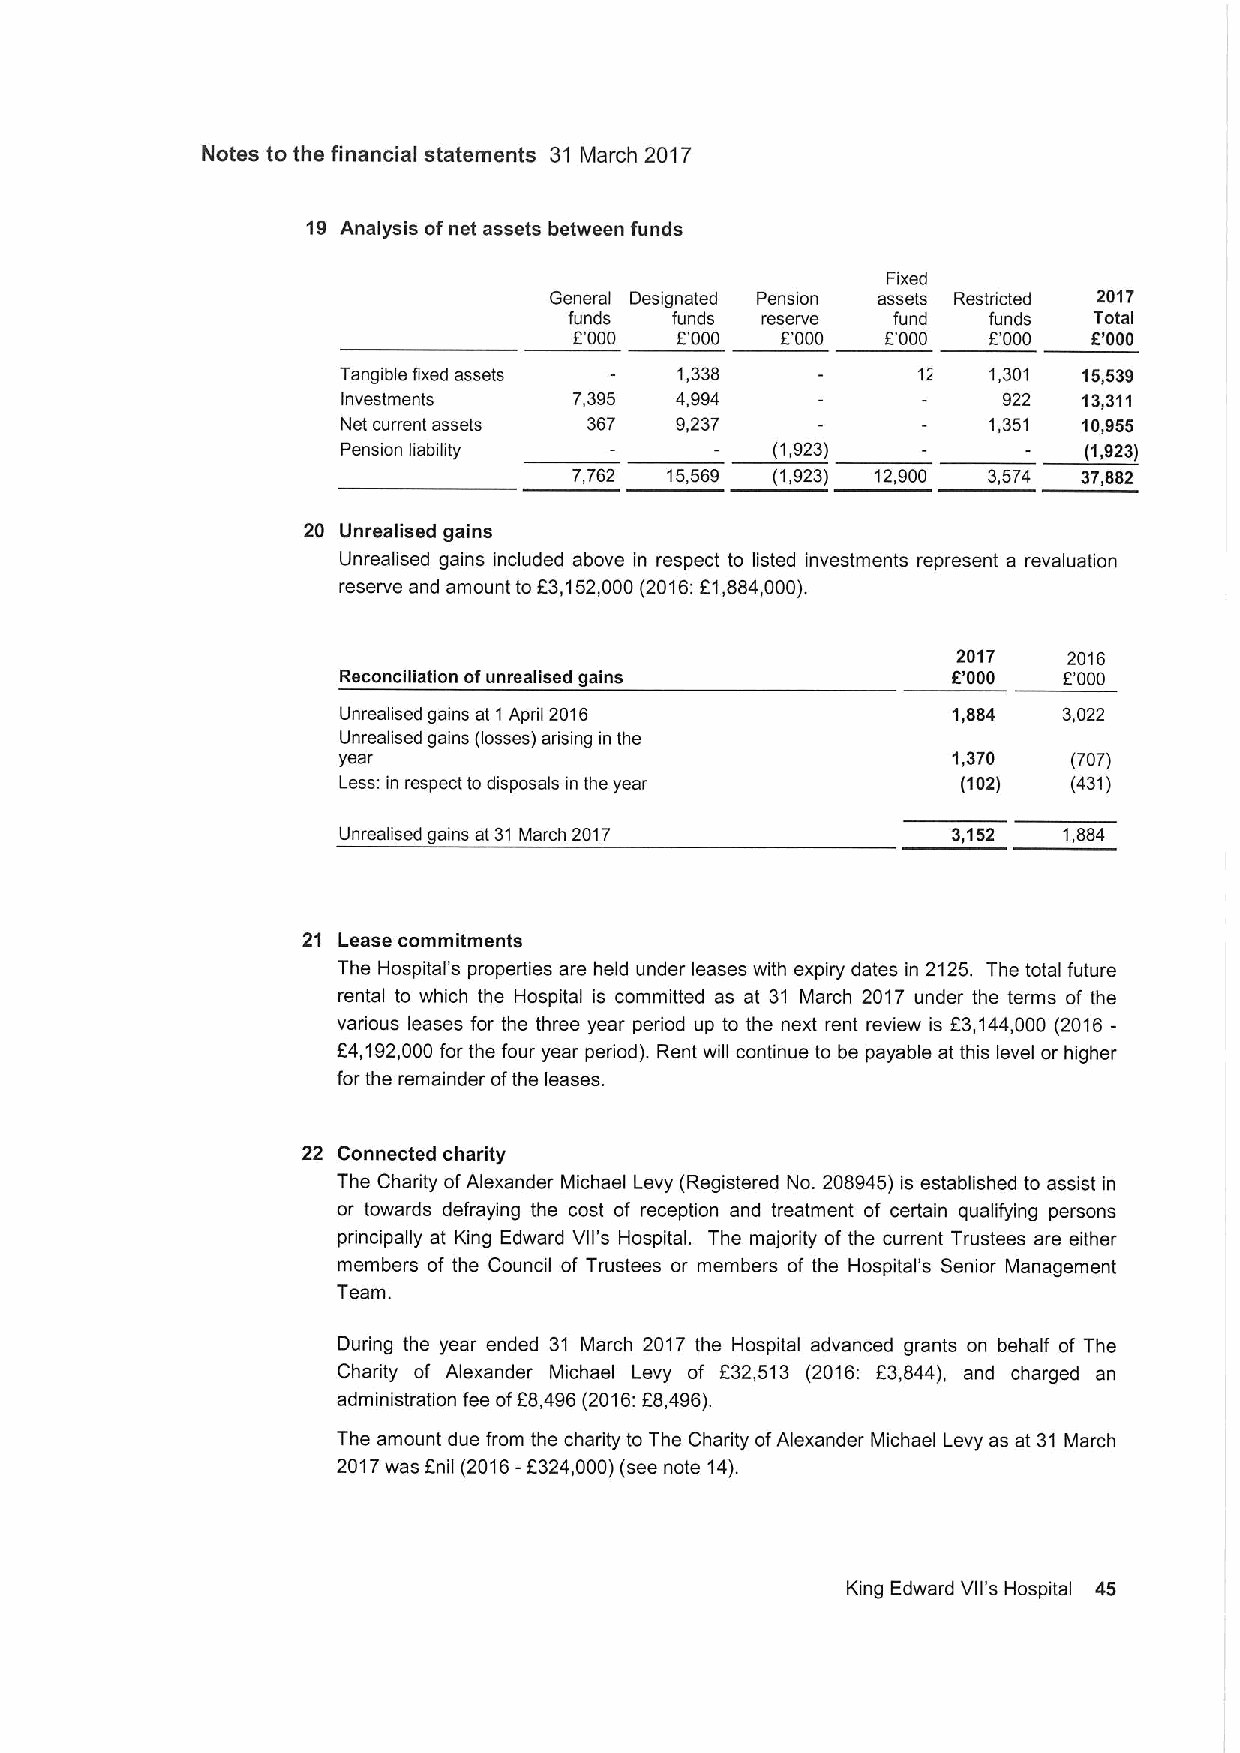
Notes to the financial statements 31 March 2017
 19 Analysis ofnet assets between funds
 Fixed
 General Designated Pension assets Restricted 2017
 funds funds reserve  fund  funds  Total
 E'000  E'000  E'000  F'000 E'000  E'000
 Tangible fixed assets  1,338           12  1,301  15,539
 Investments    7,395  4,994                922   13,311
 Net current assets 367 9,237              1,351  10,955
 Pension liability           (1,923)              (1,923)
 7,762 15,569 (1,923) 12,900 3,574 37,882
 20 Unrealised gains
 Unrealised gains included above in respect to listed investments represent a revaluation
 reserve and amount to E3,152,000(2016:E1,884,000).
 2017    2016
 Reconciliation ofunrealised gains        E'000  E'000
 Unrealised gains at 1April 2016          1,884  3,022
 Unrealised gains (losses) arising in the
 year                                     1,370   (707)
 Less: in respect to disposals in the year (102)  (431)
 Unrealised gains at 31 March 2017        3,152  1,884
 21 Lease commitments
 The Hospital's properties are held under leases with expiry dates in 2125. The total future
 rental to which the Hospital is committed as at 31 March 2017 under the terms of the
 various leases for the three year period up to the next rent review is F3,144,000 (2016-
 F4,192,000 for the four year period). Rent will continue to be payable at this level or higher
 for the remainder ofthe leases.
 22 Connected charity
 The Charity ofAlexander Michael Levy (Registered No. 208945) is established to assist in
 or towards defraying the cost of reception and treatment of certain qualifying persons
 principally at King Edward Vll's Hospital. The majority of the current Trustees are either
 members of the Council of Trustees or members of the Hospital's Senior Management
 Team.
 During the year ended 31 March 2017 the Hospital advanced grants on behalf of The
 Charity of Alexander Michael Levy of F32,513 (2016: E3,844), and charged an
 administration fee ofE8,496(2016:F8,496).
 The amount due from the charity to The Charity ofAlexander Michael Levy as at 31 March
 2017was Enil (2016-E324,000)(see note 14).
 King Edward Vll's Hospital 45